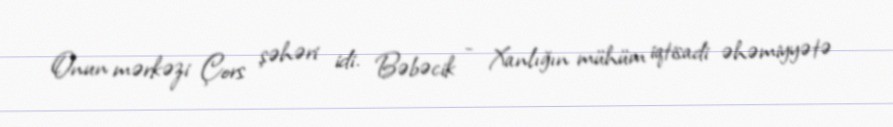
Onun mərkəzi Çors şəhəri idi. Bəbəcik - Xanlığın mühüm iqtisadi əhəmiyyətə